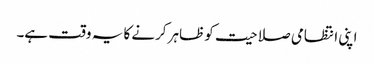
اپنی انتظامی صلاحیت کو ظاہر کرنے کا یہ وقت ہے۔